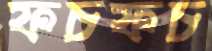
ফচফচ